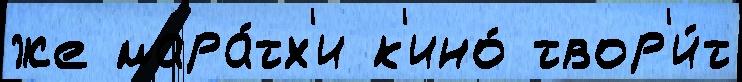
же мара́тх'и к'ино́ твор'и́т